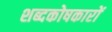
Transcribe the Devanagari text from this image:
शब्दकोषकारों